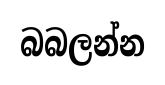
බබලන්න